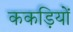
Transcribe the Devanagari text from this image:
ककड़ियों